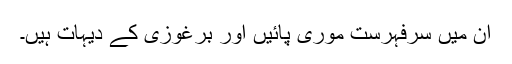
ان میں سرفہرست موری پائیں اور برغوزی کے دیہات ہیں۔